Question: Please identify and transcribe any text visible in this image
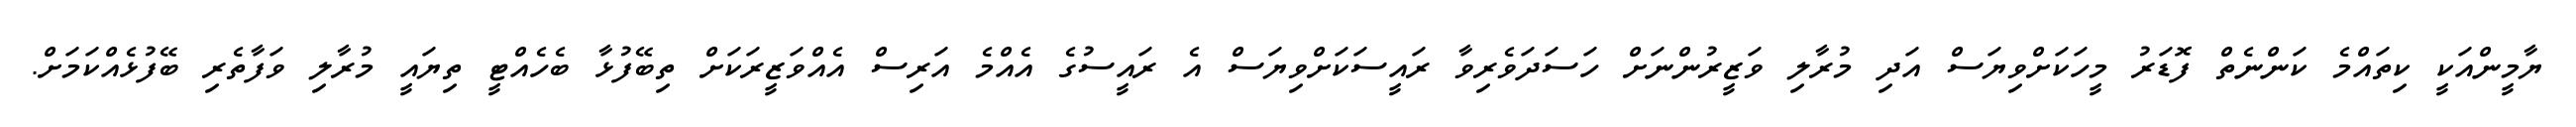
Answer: ޔާމީންއަކީ ކިތައްމެ ކަންނެތް ފޮޑަރު މީހަކަށްވިޔަސް އަދި މުރާލި ވަޒީރުންނަށް ހަސަދަވެރިވާ ރައީސަކަށްވިޔަސް އެ ރައީސުގެ އެއްމެ އަރިސް އެއްވަޒީރަކަށް ތިބޭފުޅާ ބެހެއްޓީ ތިޔައީ މުރާލި ވަފާތެރި ބޭފުޅެއްކަމަށް.